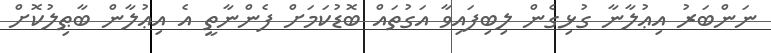
ނަންބަރު އިޢުލާނާ ގުޅިގެން ލިބިފައިވާ އަގުތައް ބޮޑުކަމަށް ފެންނާތީ އެ އިޢުލާން ބާޠިލުކޮށް